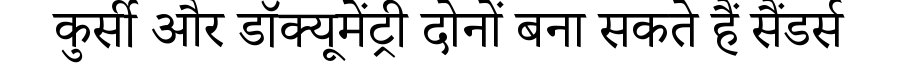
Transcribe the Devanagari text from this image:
कुर्सी और डॉक्यूमेंट्री दोनों बना सकते हैं सैंडर्स